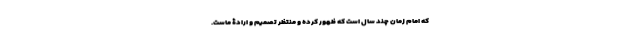
که امام زمان چند سال است که ظهور کرده و منتظر تصمیم و ارادۀ ماست.